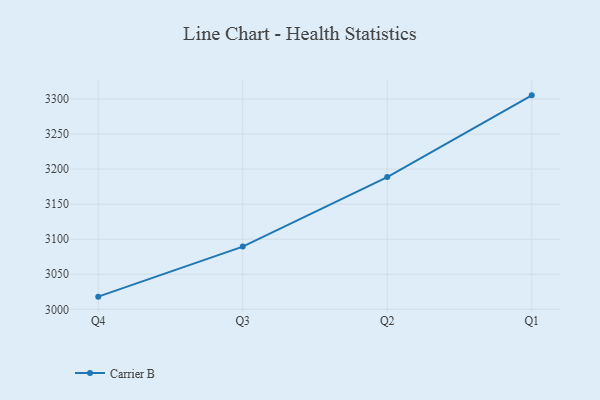
{"axis": {"x": "Quarter", "y": "Production Output"}, "legend": ["Carrier B"], "data": [{"x": "Q4", "y": 3018.1, "type": "Carrier B"}, {"x": "Q3", "y": 3089.5, "type": "Carrier B"}, {"x": "Q2", "y": 3188.7, "type": "Carrier B"}, {"x": "Q1", "y": 3305.2, "type": "Carrier B"}]}